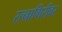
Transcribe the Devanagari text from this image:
रत्‍नागिरीवर